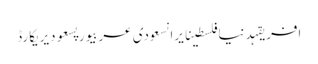
افریقہدنیافلسطینایرانسعودی عربیورپسعودیریکارڈ